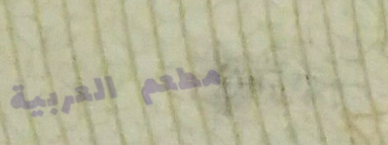
مطعم العربية